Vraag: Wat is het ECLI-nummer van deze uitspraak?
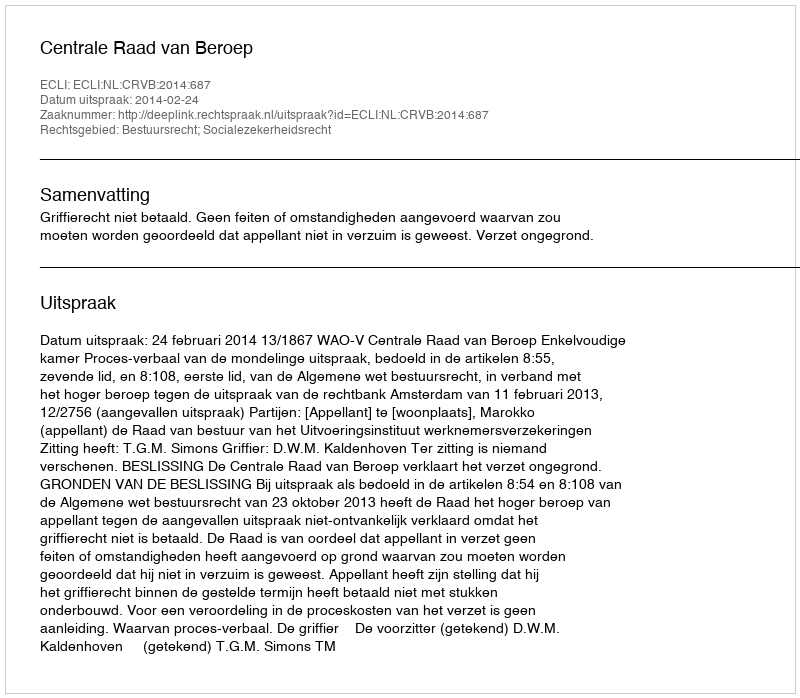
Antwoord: ECLI:NL:CRVB:2014:687